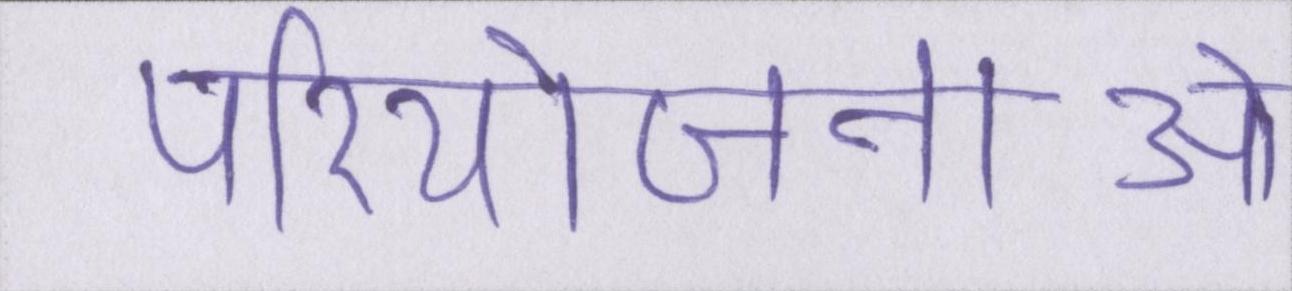
परियोजनाओं